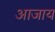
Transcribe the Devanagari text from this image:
आजाय